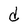
Character: d